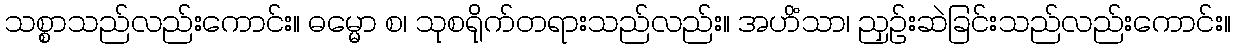
သစ္စာသည်လည်းကောင်း။ ဓမ္မော စ၊ သုစရိုက်တရားသည်လည်း။ အဟိံသာ၊ ညှဉ်းဆဲခြင်းသည်လည်းကောင်း။